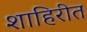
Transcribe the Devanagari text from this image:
शाहिरीत